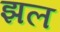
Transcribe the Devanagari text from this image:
झल